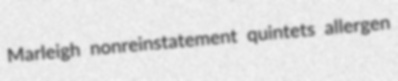
Marleigh nonreinstatement quintets allergen